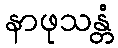
နာဖုသန္တံ